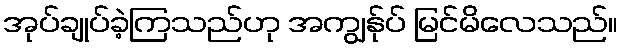
အုပ်ချုပ်ခဲ့ကြသည်ဟု အကျွန်ုပ် မြင်မိလေသည်။